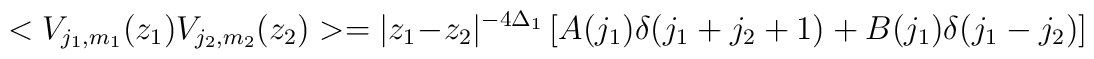
< V_{j_1,m_1}(z_1) V_{j_2,m_2}(z_2)> = |z_1-z_2|^{-4\Delta_1} \left [A(j_1)\delta(j_1+j_2+1) + B(j_1)\delta(j_1-j_2)\right ]